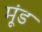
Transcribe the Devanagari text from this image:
मूंड